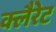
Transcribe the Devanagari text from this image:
क्लैरेट